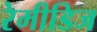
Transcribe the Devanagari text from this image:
रेमीडिज